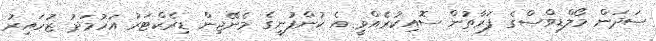
ސަދަން މޯލްޑިވްސްގެ ފަރާތުން ސޮއިކުރެއްވީ އެ ކުންފުނީގެ މެނޭޖިން ޑިރެކްޓަރު އަހުމަދު ޒުހައިރު